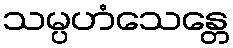
သမ္ပဟံသေန္တေ